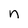
Character: n